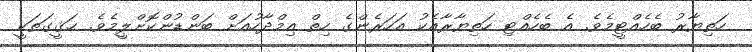
ހަތިޔާރު ބެހެއްޓީމެވެ. އެ ބެހެއްޓި ހަތިޔާރާއެކު އަހަރެންގެ ހިތް އިމްދާހުއަށް ބަންޑުންކޮށްލީމެވެ. ޙަޤީގަތަކީ